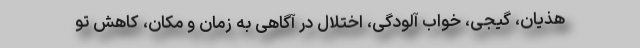
هذیان، گیجی، خواب آلودگی، اختلال در آگاهی به زمان و مکان، کاهش تو